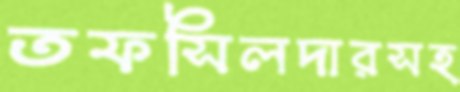
তফসিলদারসহ